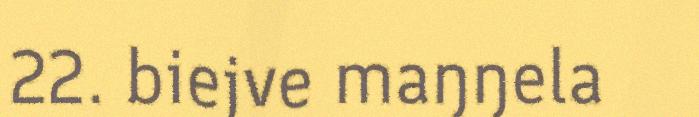
22. biejve maŋŋela